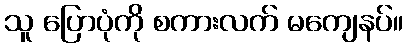
သူ ပြောပုံကို စကားလက် မကျေနပ်။